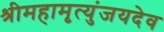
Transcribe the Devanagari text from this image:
श्रीमहामृत्युंजयदेव